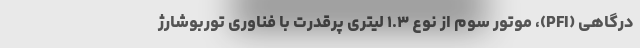
درگاهی (PFI)، موتور سوم از نوع ۱.۳ لیتری پرقدرت با فناوری توربوشارژ